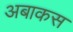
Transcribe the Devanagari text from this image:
अबाकस